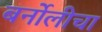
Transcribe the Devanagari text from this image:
बर्नोलीचा